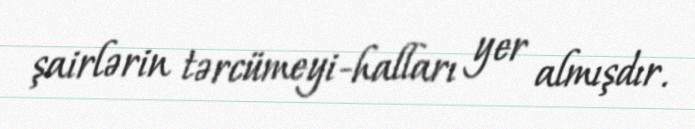
şairlərin tərcümeyi-halları yer almışdır.